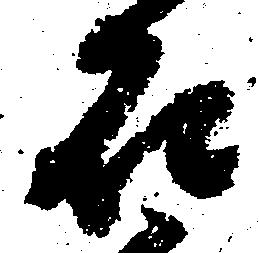
石